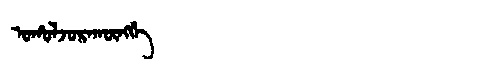
Manchu: ᠣᡥᠣᠯᠵᠣᡵᠠᡴᡡᠩᡤᡝ
Romanization: OHOLJORAKŪNGGE